Annual report on the working of the mental hospitals in the Madras Presidency - 1912-1932
Year: 1912
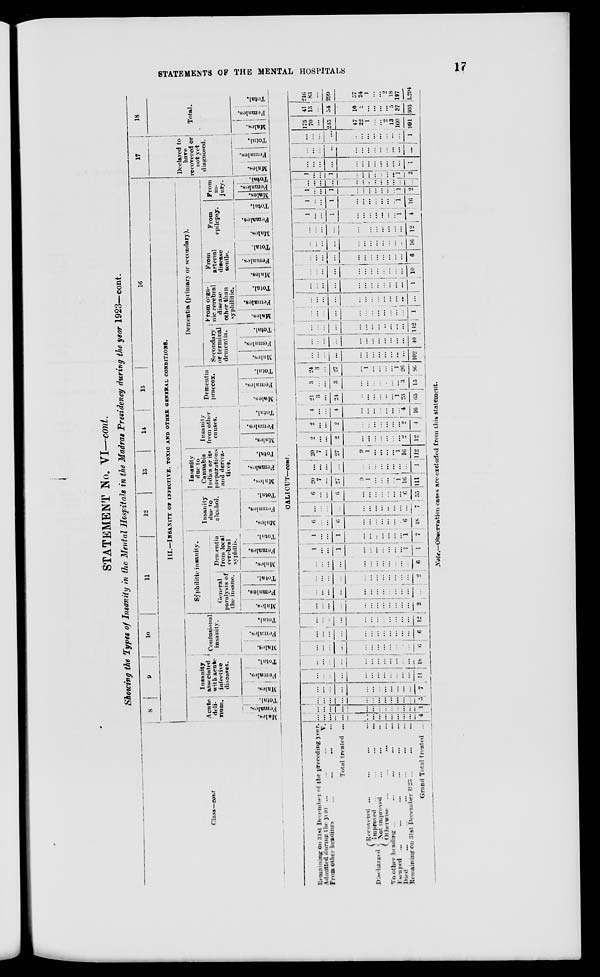
STATEMENTS OF THE MENTAL
HOSPITALS
17
STATEMENT No. V —cont.
showing the Types of insanity in the Mental Hospitals in the Madras Presidency during the year 1923—cont.
Class—cont.
8
9
10
11
12
13
14
15
16
III.— INSANITY OF INFECTIVE, TOXIC AND OTHER GENERAL CONDITIONS.
Acute
del -
rium.
Males.
Females.
Total.
Insanity
associated
with acute
infective
diseases.
Males.
Females.
Total.
Confusional
insanity.
Males.
Females.
Total.
Syphilitic insanity.
General
paralysis of
the insane.
Males.
Females.
Total.
Dementia
from local
cerebral
syphilis.
Males.
Females.
Total.
Insanity
due to
alcohol.
Males.
Females.
Total.
Insanity
due to
Cannabis
Indica or its
preparations
and deriva-
tives.
Males.
Females.
Total.
Insanity
from other
causes.
Males.
Females.
Total.
Dementia
praecox.
Males.
Females.
Total.
Dementia (primary or secondary).
Secondary
or terminal
dementia.
Males.
Females.
Total.
From orga-
nic cerebral
disease
other than
syphilitic.
Males.
Females.
Total.
From
arterial
disease
senile.
Males.
Females.
Total.
From
epilepsy.
Males.
Females.
Total.
From
in-
jury.
Males.
Females.
Total.
17
Declared to
have
recovered or
not yet
diagnosed.
Males.
Females.
Total.
18
Total.
Males.
Females.
Total.
CALICUT— cont.
Remaining on 31st December of the preceding year.
Admitted during the year ...
... ... V.
From other headings ... ... ... ...
Total treated ...
Discharged
Recovered ... ... ... ...
Improved
...
...
...
...
Not improved ... ... ...
Otherwise ... ... ... ...
To other heading ... ... ... ... ...
Escaped ... ... ... ... ... ... ...
Died ... ... ... ... ... ... ...
Remaining on 31st December 1923 ... ... ...
Grand Total treated ...
...
...
...
...
...
...
...
...
...
...
...
...
4
...
...
...
...
...
...
...
...
...
...
...
...
1
...
...
...
...
...
...
...
...
...
...
...
...
5
...
...
...
...
...
...
...
...
...
...
...
...
7
...
...
...
...
...
...
...
...
...
...
...
...
11
...
...
...
...
...
...
...
...
...
...
...
...
18
...
...
...
...
...
...
...
...
...
...
...
...
6
...
...
...
...
...
...
...
...
...
...
...
...
6
...
...
...
...
...
...
...
...
...
...
...
...
12
...
...
...
...
...
...
...
...
...
...
...
...
2
...
...
...
...
...
...
...
...
...
...
...
...
...
...
...
...
...
...
...
...
...
...
...
...
...
2
...
...
...
...
...
...
...
...
...
...
...
...
6
1
...
...
1
...
...
...
...
...
...
... 1
1
1
...
...
1
...
...
...
...
...
...
...
1
7
6
...
...
6
...
...
...
...
...
...
... 6
48
...
...
...
...
...
...
...
...
...
...
...
...
7
6
...
...
6
...
...
...
...
...
...
...
6
55
20
7
...
27
9
1
...
...
...
... 1
16
111
...
...
...
...
...
...
...
...
...
...
...
...
1
20
7
...
27
9
1
...
...
...
...
1
16
112
2
...
...
2
...
...
...
...
...
...
... 2
12
2
...
...
2
...
...
...
...
...
...
...
2
4
4
...
...
4
...
...
...
...
...
...
... 4
16
21
3
...
24
...
...
...
...
...
...
1
23
65
3
...
...
3
...
...
...
...
...
...
...
3
15
24
3
...
27
...
1
...
...
...
...
1
26
86
...
...
...
...
...
...
...
...
...
...
...
...
102
...
...
...
...
...
...
...
...
...
...
...
...
40
...
...
...
...
...
...
...
...
...
...
...
...
142
...
...
...
...
...
...
...
...
...
...
...
...
1
...
...
...
...
...
...
...
...
...
...
...
...
...
...
...
...
...
...
...
...
...
...
...
...
...
1
...
...
...
...
...
...
...
...
...
...
...
...
10
...
...
...
...
...
...
...
...
...
...
...
...
6
...
...
...
...
...
...
...
...
...
...
...
...
16
...
...
...
...
...
...
...
...
...
...
...
...
12
1
...
...
1
...
...
...
...
... ...
...
1
4
1
...
...
1
...
...
...
...
...
...
1
16
1
...
...
1
...
...
...
...
...
...
...
1
2
...
...
...
...
...
...
...
...
...
...
...
...
...
1
...
...
1
...
...
...
...
...
...
...
1
2
...
...
...
...
...
...
...
...
...
...
...
...
1
...
...
...
...
...
...
...
...
...
...
...
...
...
...
...
...
...
...
...
...
...
...
...
...
...
1
175
70
...
245
47
22
1
...
...
2
13
160
991
41
13
...
54
10
2
...
...
...
...
5
37
303
216
83
...
299
57
24
1
...
... 2
18
197
1,294
Note.—Observation cases are excluded from the statement.